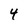
Character: 4